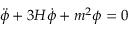
\ddot { \phi } + 3 H \dot { \phi } + m ^ { 2 } \phi = 0